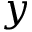
y